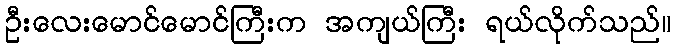
ဦးလေးမောင်မောင်ကြီးက အကျယ်ကြီး ရယ်လိုက်သည်။